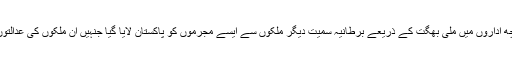
ایک سوال کے جواب میں وزیر داخلہ کا کہنا تھا کہ گذشتہ کچھ اداروں میں ملی بھگت کے ذریعے برطانیہ سمیت دیگر ملکوں سے ایسے مجرموں کو پاکستان لایا گیا جنہیں ان ملکوں کی عدالتوں نے سزا دی تھی تاہم پاکستان آکر اُن افراد کو رہا کردیا گیا ۔